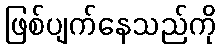
ဖြစ်ပျက်နေသည်ကို